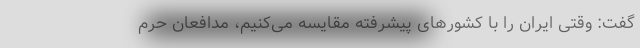
گفت: وقتی ایران را با کشورهای پیشرفته مقایسه می‌کنیم، مدافعان حرم